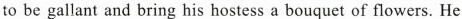
to be gallant and bring his hostess a bouquet of flowers. He